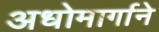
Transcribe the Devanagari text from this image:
अधोमार्गाने